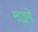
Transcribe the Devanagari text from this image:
साइमे